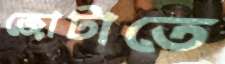
জোটাতে